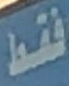
فقط